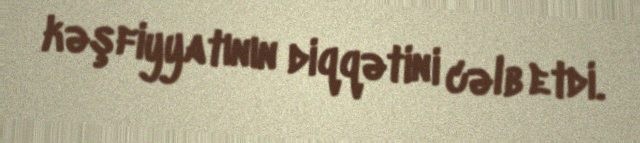
kəşfiyyatının diqqətini cəlb etdi.